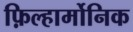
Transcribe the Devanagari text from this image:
फ़िल्हार्मोनिक